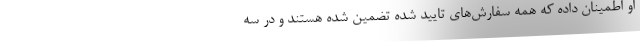
او اطمینان داده که همه سفارش‌های تایید شده تضمین شده هستند و در سه